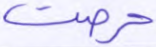
حرصت